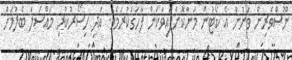
ނޫސްވެރިން ވަނުން އެ ކޯޓުން މަނާކޮށްފައިވާކަން ފާހަގަކުރަމެވެ. އަދި ހިސޯރުކުރި މައްސަލަ ބެލުމަށް